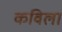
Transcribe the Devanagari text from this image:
कविला